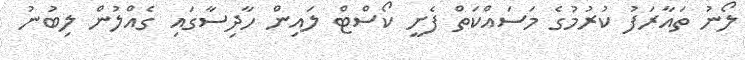
ލޯނު ތައާރަފު ކުރުމުގެ މަސައްކަތް ފެށީ ކޯސްޓް ލައިން ހާދިސާގައި ގެއްލުން ލިބުނު